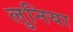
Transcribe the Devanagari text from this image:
लुनिया